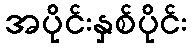
အပိုင်းနှစ်ပိုင်း